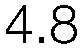
4.8